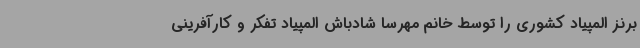
برنز المپیاد کشوری را توسط خانم مهرسا شادباش المپیاد تفکر و کارآفرینی